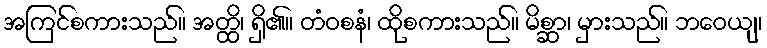
အကြင်စကားသည်။ အတ္ထိ၊ ရှိ၏။ တံဝစနံ၊ ထိုစကားသည်။ မိစ္ဆာ၊ မှားသည်။ ဘဝေယျ၊